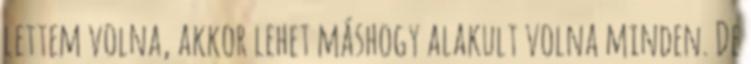
lettem volna, akkor lehet máshogy alakult volna minden. De